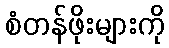
စံတန်ဖိုးများကို